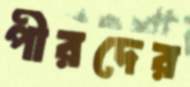
পীরদের